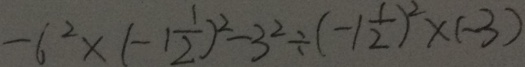
- 6 ^ { 2 } \times ( - 1 \frac { 1 } { 2 } ) ^ { 2 } - 3 ^ { 2 } \div ( - 1 \frac { 1 } { 2 } ) ^ { 2 } \times ( - 3 )